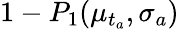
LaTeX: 1-P_{1}(\mu_{t_{a}},\sigma_{a})